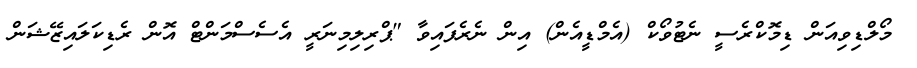
މޯލްޑިވިއަން ޑިމޮކްރެސީ ނެޓުވޯކް (އެމްޑީއެން) އިން ނެރެފައިވާ "ޕްރިލިމިނަރީ އެސެސްމަންޓް އޮން ރެޑިކަލައިޒޭޝަން